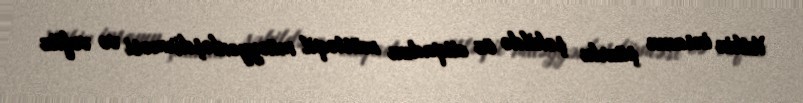
Yetkin insanın şüurlu şəkildə öz etiqadını müstəqil müəyyənləşdirməsi və vəftiz